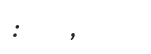
: